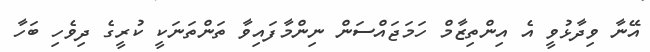
އޭނާ ވިދާޅުވީ އެ އިންތިޒާމް ހަމަޖައްސަން ނިންމާފައިވާ ތަންތަނަކީ ކުރީގެ ދިވެހި ބަހާ